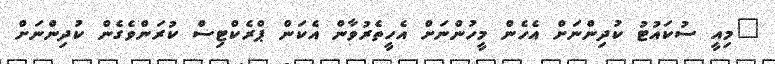
"މިއީ ސުކައުޓު ކުދިންނަށް އެހެން މީހުންނަށް އެހީތެރުވާން އެކަން ޕްރެކްޓިސް ކުރަންވެގެން ކުދިންނަށް